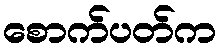
စောက်ပတ်က